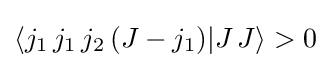
\langle j_{1}\,j_{1}\,j_{2}\,(J-j_{1})|J\,J\rangle >0